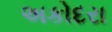
અકોદરા